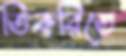
তিকরিতে